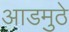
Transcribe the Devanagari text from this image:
आडमुठे